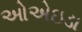
ઓએઇડા